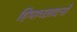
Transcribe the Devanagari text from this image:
हिमाच्छादनों